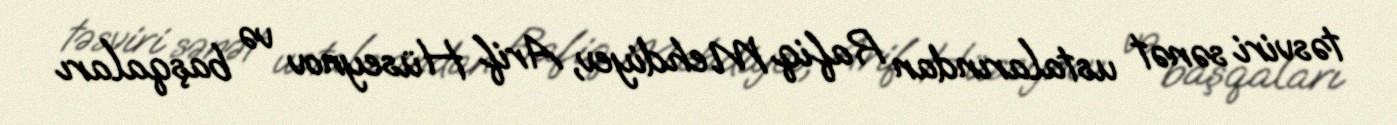
təsviri sənət ustalarından Rafiq Mehdiyev, Arif Hüseynov və başqaları